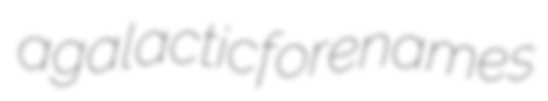
agalactic forenames